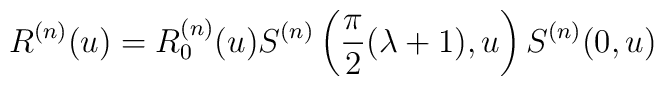
R^{(n)}(u)=R_{0}^{(n)}(u)S^{(n)}\left( \frac{\pi }{2}(\lambda +1),u\right) S^{(n)}(0,u)